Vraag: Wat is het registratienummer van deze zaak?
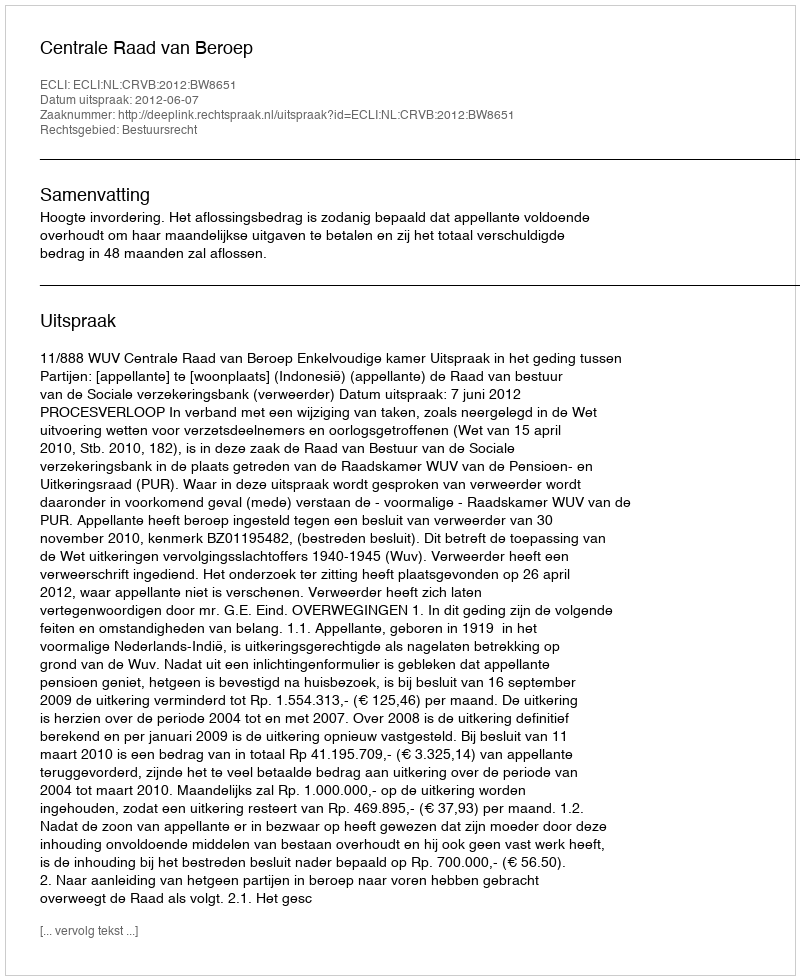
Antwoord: http://deeplink.rechtspraak.nl/uitspraak?id=ECLI:NL:CRVB:2012:BW8651